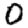
Digit: 0